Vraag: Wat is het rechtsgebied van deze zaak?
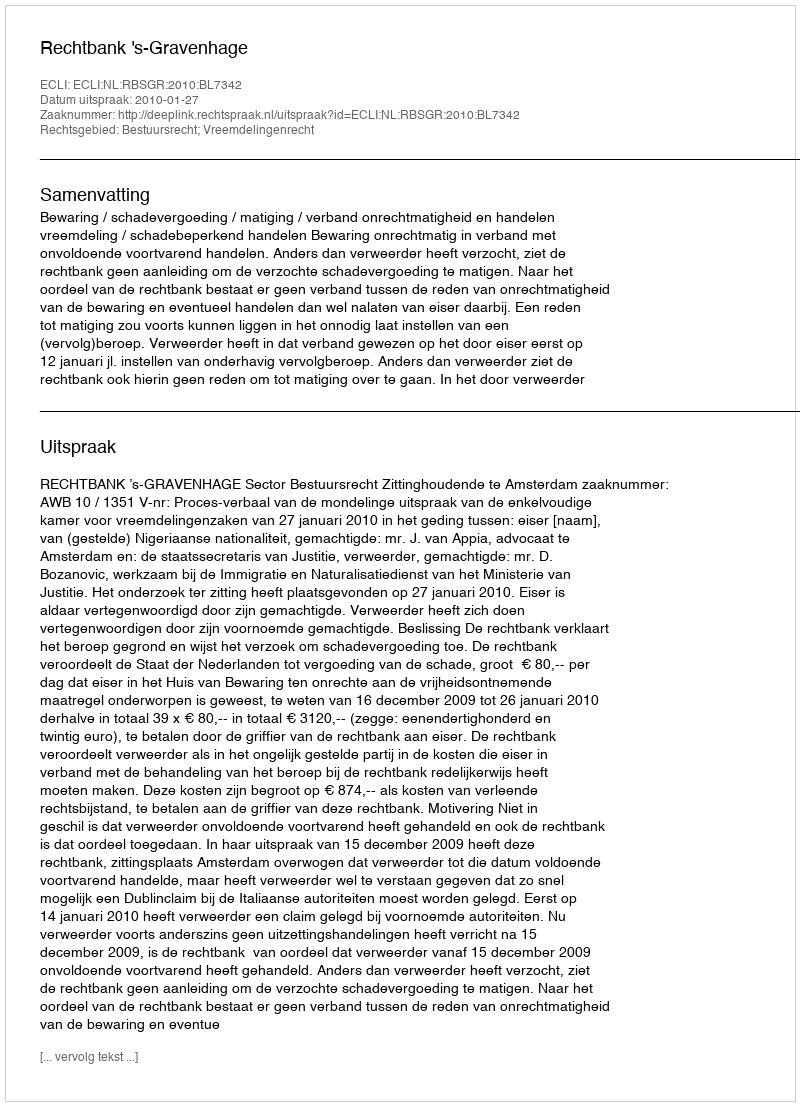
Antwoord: Bestuursrecht; Vreemdelingenrecht